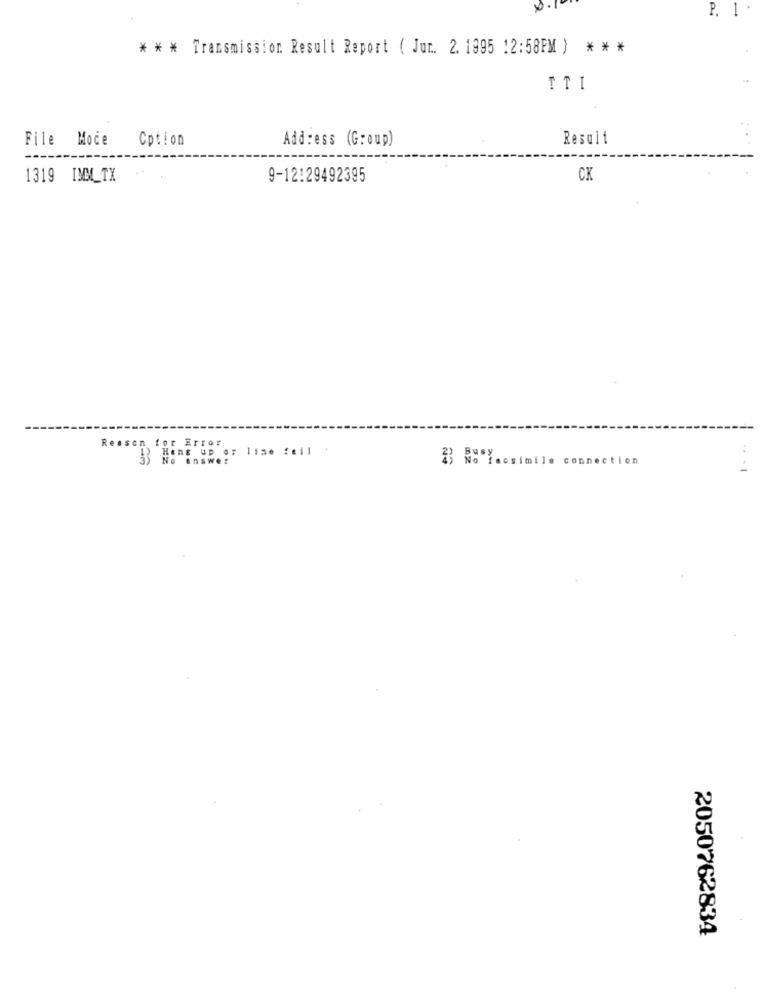
P.
1
* * * Transmission Result Report ( Jur. 2. 1995 12:58PM ) ***
TTI
File Moce
Cption
Address (Group)
Result
1319 IMM_TX
9-12129492395
CK
Reason for Error
13 Hens up or lime feil
23 No incsimile connection
.. . |
2050762834